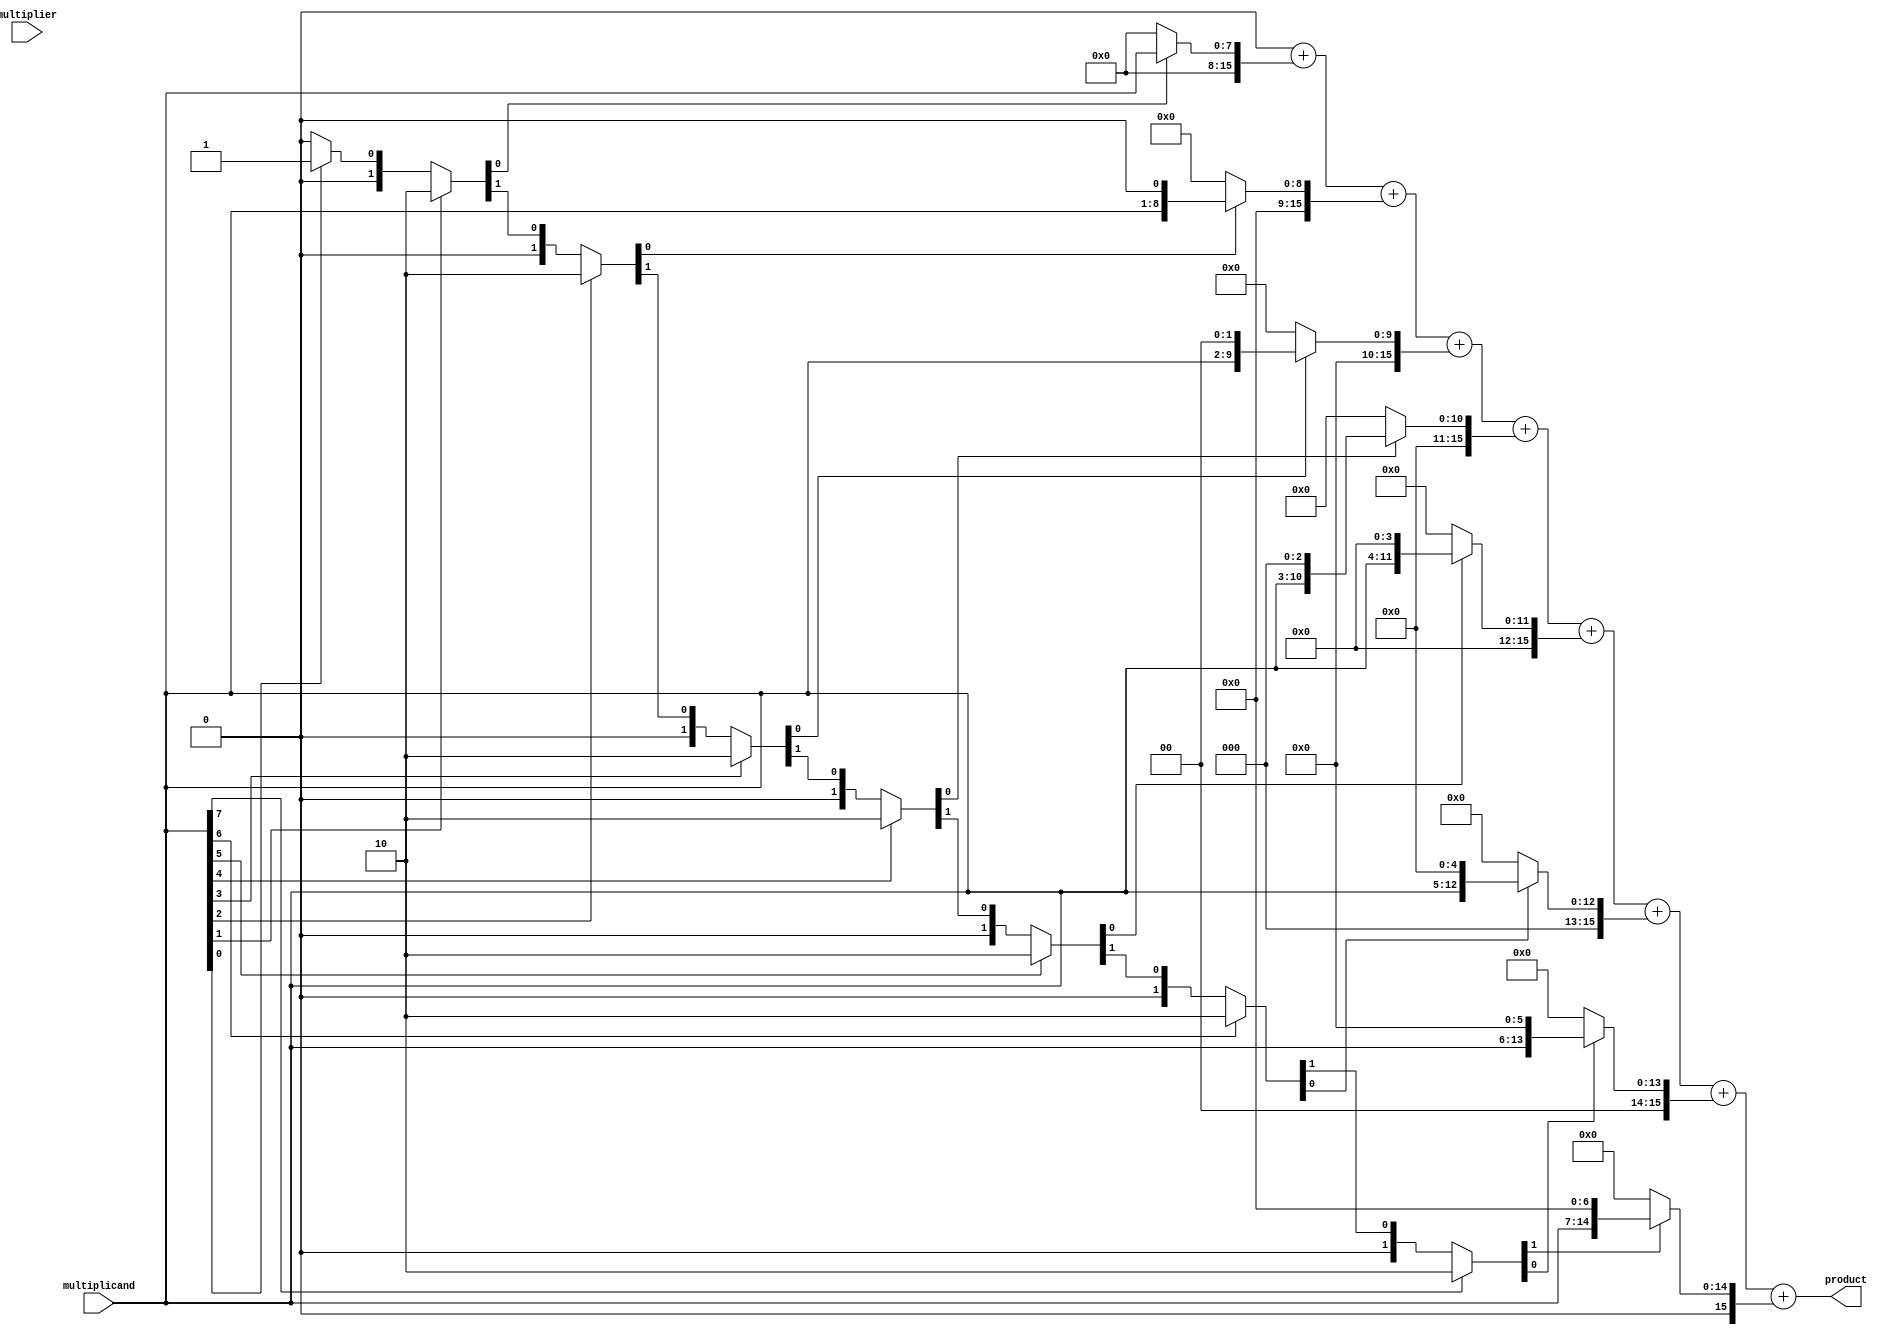
module csd_multiplier #(parameter WIDTH = 8, parameter PRODUCT_WIDTH = 2 * WIDTH)(
    input  wire [WIDTH-1:0] multiplicand,
    input  wire [WIDTH-1:0] multiplier,
    output reg  [PRODUCT_WIDTH-1:0] product
);

    // CSD Encoding Block
    function [WIDTH-1:0] csd_encode;
        input [WIDTH-1:0] num;
        reg [WIDTH-1:0] csd;
        integer i;
        begin
            csd = 0;
            for (i = 0; i < WIDTH; i = i + 1) begin
                if (num[i] == 1) begin
                    if (i > 0 && csd[i-1] == 1) begin
                        csd[i-1] = 0; // Adjust previous digit
                        csd[i] = -1;  // Set current to -1
                    end else begin
                        csd[i] = 1;   // Set current to 1
                    end
                end
            end
            csd_encode = csd;
        end
    endfunction

    // Partial Product Generation
    reg [WIDTH-1:0] csd_multiplicand;
    reg [PRODUCT_WIDTH-1:0] partial_products [0:WIDTH-1];

    integer j;
    always @(*) begin
        csd_multiplicand = csd_encode(multiplicand);
        product = 0;

        // Generate partial products based on CSD representation
        for (j = 0; j < WIDTH; j = j + 1) begin
            case (csd_multiplicand[j])
                1: partial_products[j] = multiplicand << j;          // CSD digit 1
                -1: partial_products[j] = ~(multiplicand << j) + 1; // CSD digit -1
                default: partial_products[j] = 0;                     // CSD digit 0
            endcase
        end

        // Final Summation
        for (j = 0; j < WIDTH; j = j + 1) begin
            product = product + partial_products[j];
        end
    end

endmodule